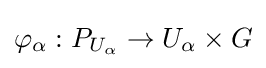
\varphi _{\alpha }:P_{U_{\alpha }}\to U_{\alpha }\times G